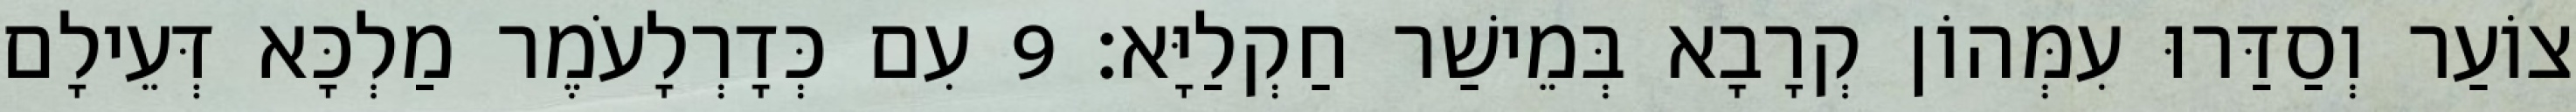
צוֹעַר וְסַדַּרוּ עִמְּהוֹן קְרָבָא בְּמֵישַׁר חַקְלַיָּא׃ 9 עִם כְּדָרְלָעֹמֶר מַלְכָּא דְּעֵילָם